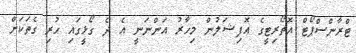
ޓްރާންސްޕޯޓް އޮތޯރިޓީގެ އޮފިޝަލުން މިހާރު އަންނަނީ އެ ދެ ގޯޅީގައި ހުރި ގެތަކަށް